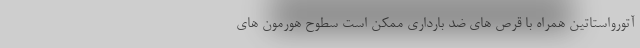
آتورواستاتین همراه با قرص های ضد بارداری ممکن است سطوح هورمون های